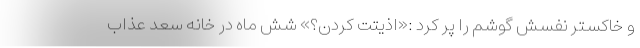
و خاکستر نفسش گوشم را پُر کرد :«اذیتت کردن؟» شش ماه در خانه سعد عذاب